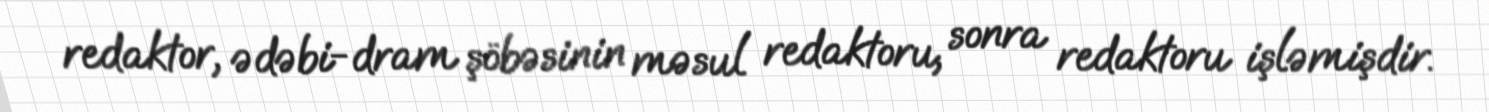
redaktor, ədəbi-dram şöbəsinin məsul redaktoru, sonra redaktoru işləmişdir.